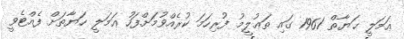
ޢަމަލީ ޙަޔާތް 1961 ގައި ތަޢުލީމު ފުރިހަމަ ކުރެއްވުމަށްފަހު ޢަމަލީ ހަޔާތަށް ފެއްޓެވީ